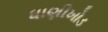
ધાણીખોડ